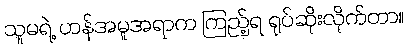
သူမရဲ့ ဟန်အမူအရာက ကြည့်ရ ရုပ်ဆိုးလိုက်တာ။